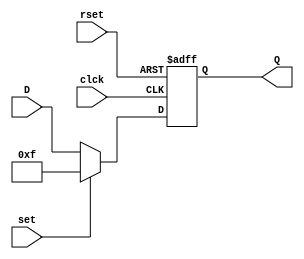
//UVG Lab 6 
//Carlos Cuellar 19275

module FFDEj5(input wire clck, rset, set, 
			  input wire [3:0] D, 
			  output reg [3:0] Q);
always @ (posedge clck or posedge rset) begin
	if (rset)begin 
		Q <= 4'b0;
	end
	else if (set) begin
		Q <= 4'b1111;/* code */
	end
	else
		Q <= D;
	end

endmodule

module FFD (
	input wire D1,   
	input wire clk, 
	input wire reset,
	output reg  Q1  	
);

always @(posedge clk) 
begin
 if(reset==1'b1)
  Q1 <= 1'b0; 
 else 
  Q1 <= D1; 
end 

endmodule

module Ej61(input wire A, B, clck1, rset,
			output wire Y1);
wire S1F, S0F, S1, S0;

assign S1F = (S1 & A & B)|(S0 & B);
assign S0F = (~S1 & ~S0 & A);
assign Y1   = (S1 & A & B); 

FFD r0(S0F, clck1, rset, S0);
FFD r1(S1F, clck1, rset, S1);

endmodule

module Ej62 (
	input wire A, clck2, rset,
	output wire Y0, Y1, Y2
);

wire S2F, S1F, S0F, S2, S1, S0;

assign S2F = (~S2 & S1 & S0 & A) | (~S2 & ~S1 & ~S0 & ~A) | (S2 & ~S1 & S0) | (S2 & ~S0 & A) | (S2 & S1 & ~A); 
assign S1F = (~S1 & S0 & A) | (S1 & ~S0 & A) | (S1 & S0 & ~A) | (~S1 & ~S0 & ~A);
assign S0F = (~S0);

assign Y2 = (S2);
assign Y1 = (~S2 & S1) | (S2 & ~S1);
assign Y0 = (~S1 & S0) | (S1 & ~S0);

FFD k0(S0F, clck2, rset, S0);
FFD k1(S1F, clck2, rset, S1);
FFD k2(S2F, clck2, rset, S2);

endmodule